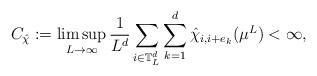
LaTeX: \begin{align*} C_{\hat\chi}:=\limsup_{L\to\infty}\frac 1{L^d}\sum_{i\in\mathbb T_L^d}\sum_{k=1}^d\hat\chi_{i,i+e_k}(\mu^L)<\infty,\end{align*}